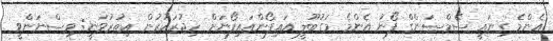
އެންމެ ގިނައީ ސެމްސަންގް ފޯނު އެންމެ މަގުބޫލީ އައިފޯންއައިފޯނަށް ހިޖުރަކުރުން އިތުރުވަނީ: ވިސްނަންވީ